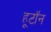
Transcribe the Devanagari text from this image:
हूटॉन